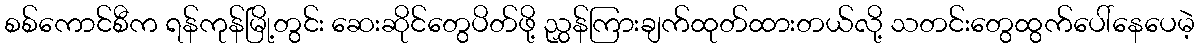
စစ်ကောင်စီက ရန်ကုန်မြို့တွင်း ဆေးဆိုင်တွေပိတ်ဖို့ ညွှန်ကြားချက်ထုတ်ထားတယ်လို့ သတင်းတွေထွက်ပေါ်နေပေမဲ့